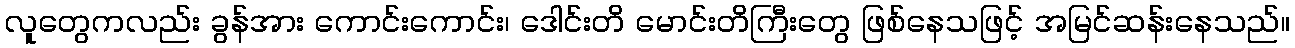
လူတွေကလည်း ခွန်အား ကောင်းကောင်း၊ ဒေါင်းတိ မောင်းတိကြီးတွေ ဖြစ်နေသဖြင့် အမြင်ဆန်းနေသည်။